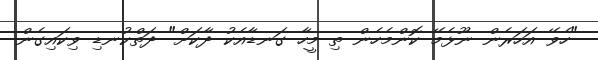
"ހެވޭ އަހަރެން ނޫޅެމޭ ކޮންމެހެން ތި މީހާ ގަނޑާއެކު ދާކަށް" ދަތްކުނޑި ވިކައިގެން